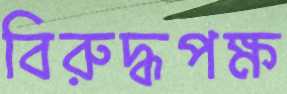
বিরুদ্ধপক্ষ